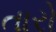
તારો